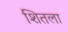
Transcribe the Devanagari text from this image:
शितला